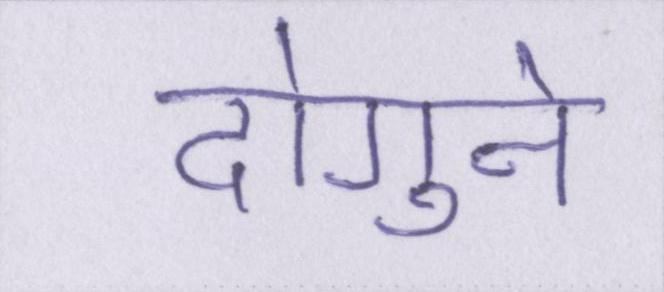
दोगुने